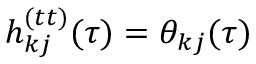
h _ { k j } ^ { ( t t ) } ( \tau ) = \theta _ { k j } ( \tau )